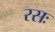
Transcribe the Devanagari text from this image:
रसः